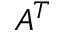
A ^ { T }